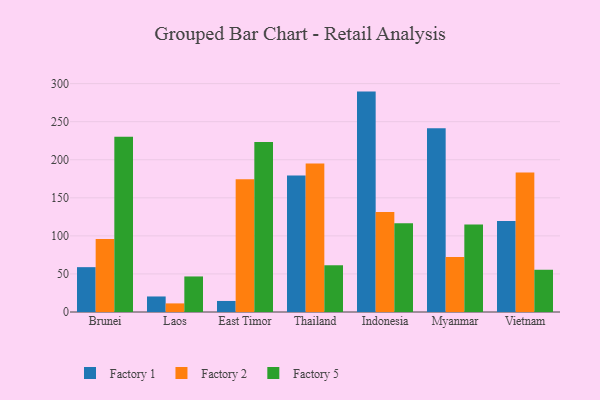
{"axis": {"x": "Country", "y": "Net Income (USD K)"}, "legend": ["Factory 1", "Factory 2", "Factory 5"], "data": [{"x": "Brunei", "y": 58.9, "type": "Factory 1"}, {"x": "Brunei", "y": 95.8, "type": "Factory 2"}, {"x": "Brunei", "y": 230.3, "type": "Factory 5"}, {"x": "Laos", "y": 20.4, "type": "Factory 1"}, {"x": "Laos", "y": 11.3, "type": "Factory 2"}, {"x": "Laos", "y": 46.7, "type": "Factory 5"}, {"x": "East Timor", "y": 14.5, "type": "Factory 1"}, {"x": "East Timor", "y": 174.5, "type": "Factory 2"}, {"x": "East Timor", "y": 223.2, "type": "Factory 5"}, {"x": "Thailand", "y": 179.3, "type": "Factory 1"}, {"x": "Thailand", "y": 194.9, "type": "Factory 2"}, {"x": "Thailand", "y": 61.4, "type": "Factory 5"}, {"x": "Indonesia", "y": 289.5, "type": "Factory 1"}, {"x": "Indonesia", "y": 131.4, "type": "Factory 2"}, {"x": "Indonesia", "y": 116.5, "type": "Factory 5"}, {"x": "Myanmar", "y": 241.2, "type": "Factory 1"}, {"x": "Myanmar", "y": 72.1, "type": "Factory 2"}, {"x": "Myanmar", "y": 115.0, "type": "Factory 5"}, {"x": "Vietnam", "y": 119.6, "type": "Factory 1"}, {"x": "Vietnam", "y": 183.1, "type": "Factory 2"}, {"x": "Vietnam", "y": 55.5, "type": "Factory 5"}]}